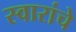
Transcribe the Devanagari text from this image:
स्वारांचे